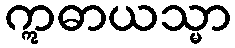
ဣဓာယသ္မာ